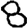
Digit: 8